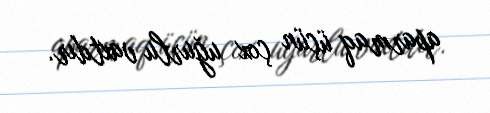
aparmaq üçün çox uğurlu vaxtdır.